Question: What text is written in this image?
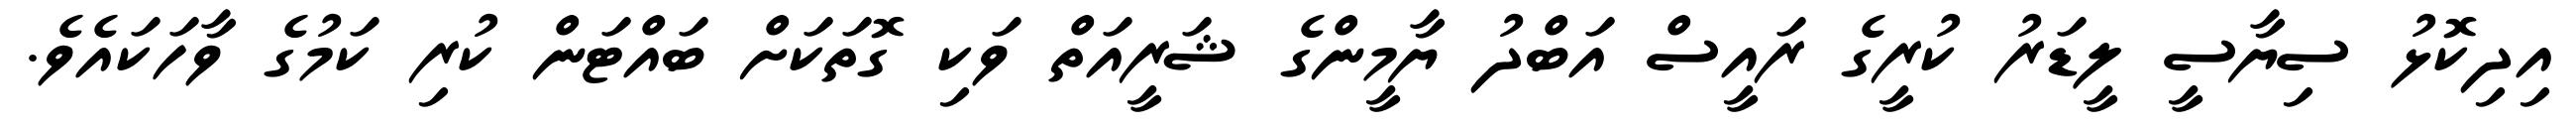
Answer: އިދިކޮޅު ސިޔާސީ ލީޑަރު ކުރީގެ ރައީސް އަބްދު ޔާމީންގެ ޝަރީއަތް ވަކި ގޮތަކަށް ބައްޓަން ކުރި ކަމުގެ ވާހަކައެވެ.